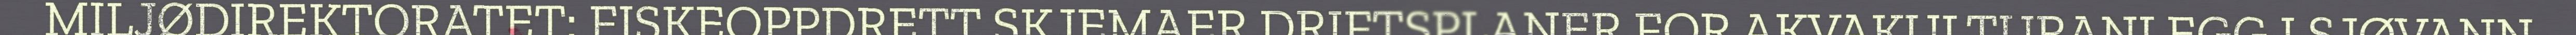
MILJØDIREKTORATET: FISKEOPPDRETT SKJEMAER DRIFTSPLANER FOR AKVAKULTURANLEGG I SJØVANN